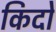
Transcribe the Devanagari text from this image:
किदो